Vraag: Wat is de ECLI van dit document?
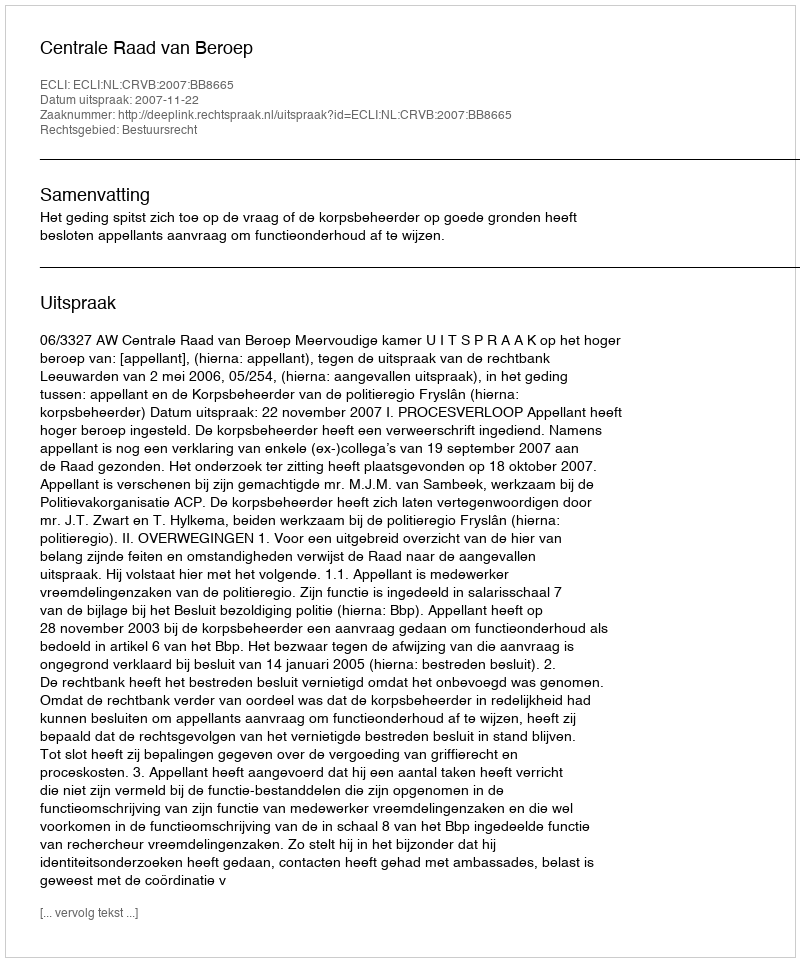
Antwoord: ECLI:NL:CRVB:2007:BB8665